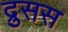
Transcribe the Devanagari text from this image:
द्रुसस